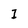
Character: I